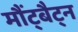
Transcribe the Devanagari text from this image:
मौंट्बैट्न